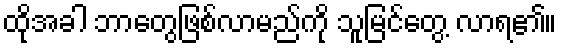
ထိုအခါ ဘာတွေဖြစ်လာမည်ကို သူမြင်တွေ့ လာရ၏။